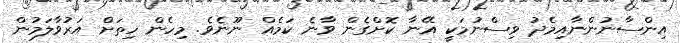
އިންސާނުންނާއިމެދު ވިސްނުމަކީ އޭނާ ކޮށްގެން ވާނެ ކަމެއް ނޫނެވެ. މިހެން ހިތަށް އަރުވާލަމުން